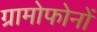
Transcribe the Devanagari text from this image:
ग्रामोफोनों